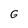
Character: G